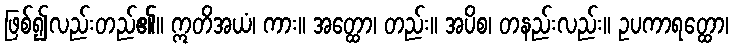
ဖြစ်၍လည်းတည်၏။ ဣတိအယံ၊ ကား။ အတ္ထော၊ တည်း။ အပိစ၊ တနည်းလည်း။ ဥပကာရတ္ထော၊